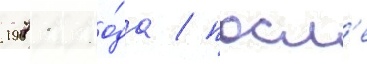
1971 го́да / посл'е